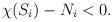
LaTeX: \begin{align*}\chi(S_i) - N_i < 0 .\end{align*}